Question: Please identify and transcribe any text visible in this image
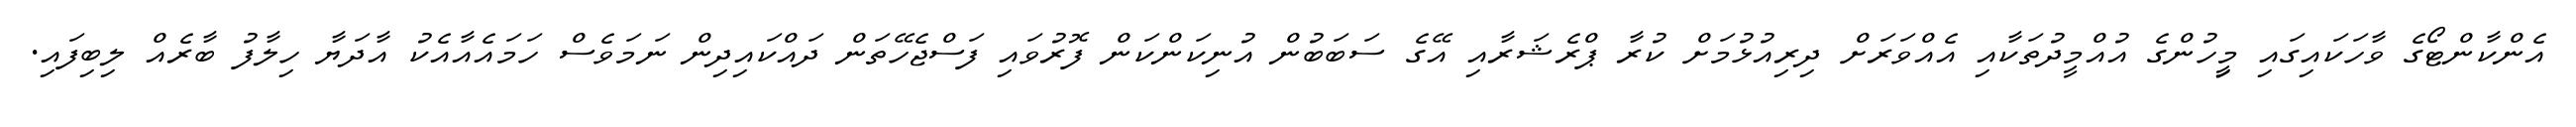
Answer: އެންކާންޓޯގެ ވާހަކައިގައި މިީހުންގެ އުއްމީދުތަކާއި އެއްވަރަށް ދިރިއުޅުމަށް ކުރާ ޕްރެޝަރާއި އޭގެ ސަބަބުން އުނިކަންކަން ފޮރުވައި ފަސްޖެހޭތަން ދައްކައިދިން ނަމަވެސް ހަމައެއާއެކު އާދަޔާ ހިލާފު ބާރެއް ލިބިފައި.